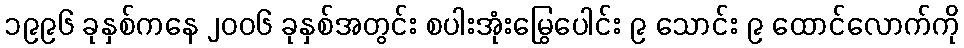
၁၉၉၆ ခုနှစ်ကနေ ၂၀၀၆ ခုနှစ်အတွင်း စပါးအုံးမြွေပေါင်း ၉ သောင်း ၉ ထောင်လောက်ကို